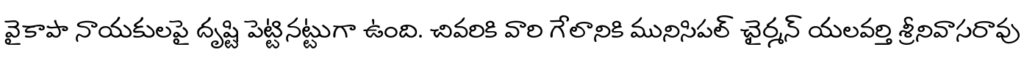
వైకాపా నాయకులపై దృష్టి పెట్టినట్టుగా ఉంది. చివరికి వారి గేలానికి మునిసిపల్ ఛైర్మన్ యలవర్తి శ్రీనివాసరావు